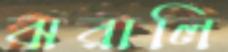
ঝরালি